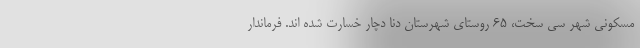
مسکونی شهر سی سخت، ۶۵ روستای شهرستان دنا دچار خسارت شده اند. فرماندار